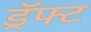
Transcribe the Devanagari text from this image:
ड्रॅफ्ट